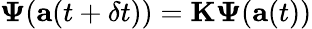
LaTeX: \boldsymbol{\Psi}(\mathbf{a}(t+\delta t))=\mathbf{K}\boldsymbol{\Psi}(\mathbf{a}(t))